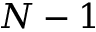
N - 1